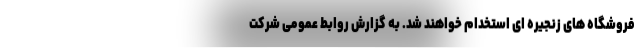
فروشگاه های زنجیره ای استخدام خواهند شد. به گزارش روابط عمومی شرکت